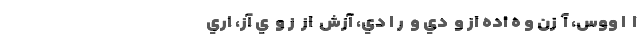
ا  ا ووس، آ  زن و ه اده از و  دي و  ر ا دي، آزش  از  ز و  ي آز، اري